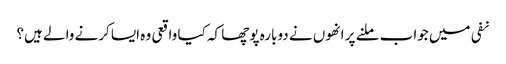
نفی میں جواب ملنے پر انھوں نے دوبارہ پوچھا کہ کیا واقعی وہ ایسا کرنے والے ہیں؟